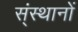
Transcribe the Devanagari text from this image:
स्ंस्थानों